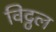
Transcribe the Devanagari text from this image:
विट्ठल